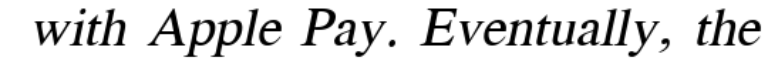
with Apple Pay. Eventually, the